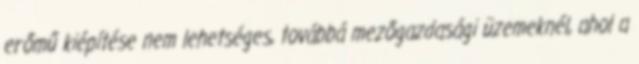
erőmű kiépítése nem lehetséges, továbbá mezőgazdasági üzemeknél, ahol a